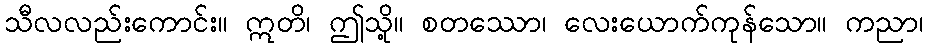
သီလလည်းကောင်း။ ဣတိ၊ ဤသို့။ စတဿော၊ လေးယောက်ကုန်သော။ ကညာ၊